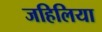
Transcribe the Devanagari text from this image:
जहिलिया